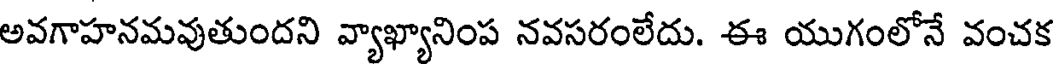
అవగాహనమవుతుందని వ్యాఖ్యానింప నవసరంలేదు. ఈ యుగంలోనే వంచక